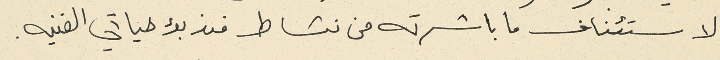
لاستئناف ما باشرته من نشاط من نشاط منذ بدء حياتي الفنيه.